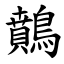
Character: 䴅